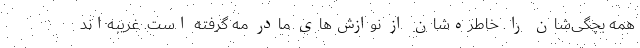
همه بچگی‌شان را. خاطره‌شان از نوازش‌های مادر مه‌ گرفته است. غریبه‌اند